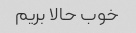
خوب حالا بریم